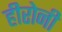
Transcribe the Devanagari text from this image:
हीरोनी